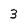
Character: 3